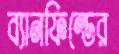
ব্যানফিল্ডের